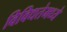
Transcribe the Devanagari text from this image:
विविधतेमध्ये